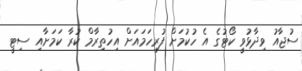
ސުޖާއު ވިދާޅުވީ ކޯޓުގެ އެ ހުކުމަށް ފުރިހަމައަށް އިހުތިރާމް ކުރާ ކަމަށާއި ސިޓީ